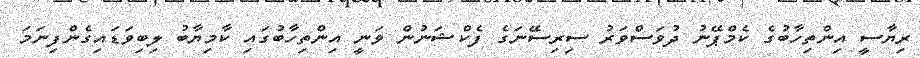
ރިޔާސީ އިންތިހާބުގެ ކެމްޕޭނު ދުވަސްވަރު ސިރިސޭނަގެ ފެކްޝަނުން ވަނީ އިންތިހާބުގައި ކާމިޔާބު ލިބިވަޑައިގެންފިނަމަ